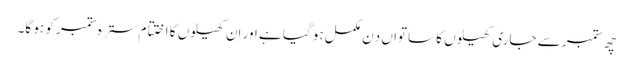
چھ ستمبر سے جاری کھیلوں کا ساتواں دِن مکمل ہو گیا ہے اور اِن کھیلوں کا اختتام سترہ ستمبر کو ہو گا۔